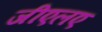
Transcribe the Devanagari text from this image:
जीएलए